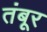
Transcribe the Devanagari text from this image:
तंबूर